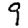
Digit: 9